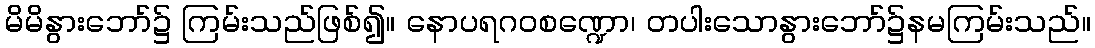
မိမိနွားဘော်၌ ကြမ်းသည်ဖြစ်၍။ နောပရဂဝစဏ္ဍော၊ တပါးသောနွားဘော်၌နမကြမ်းသည်။